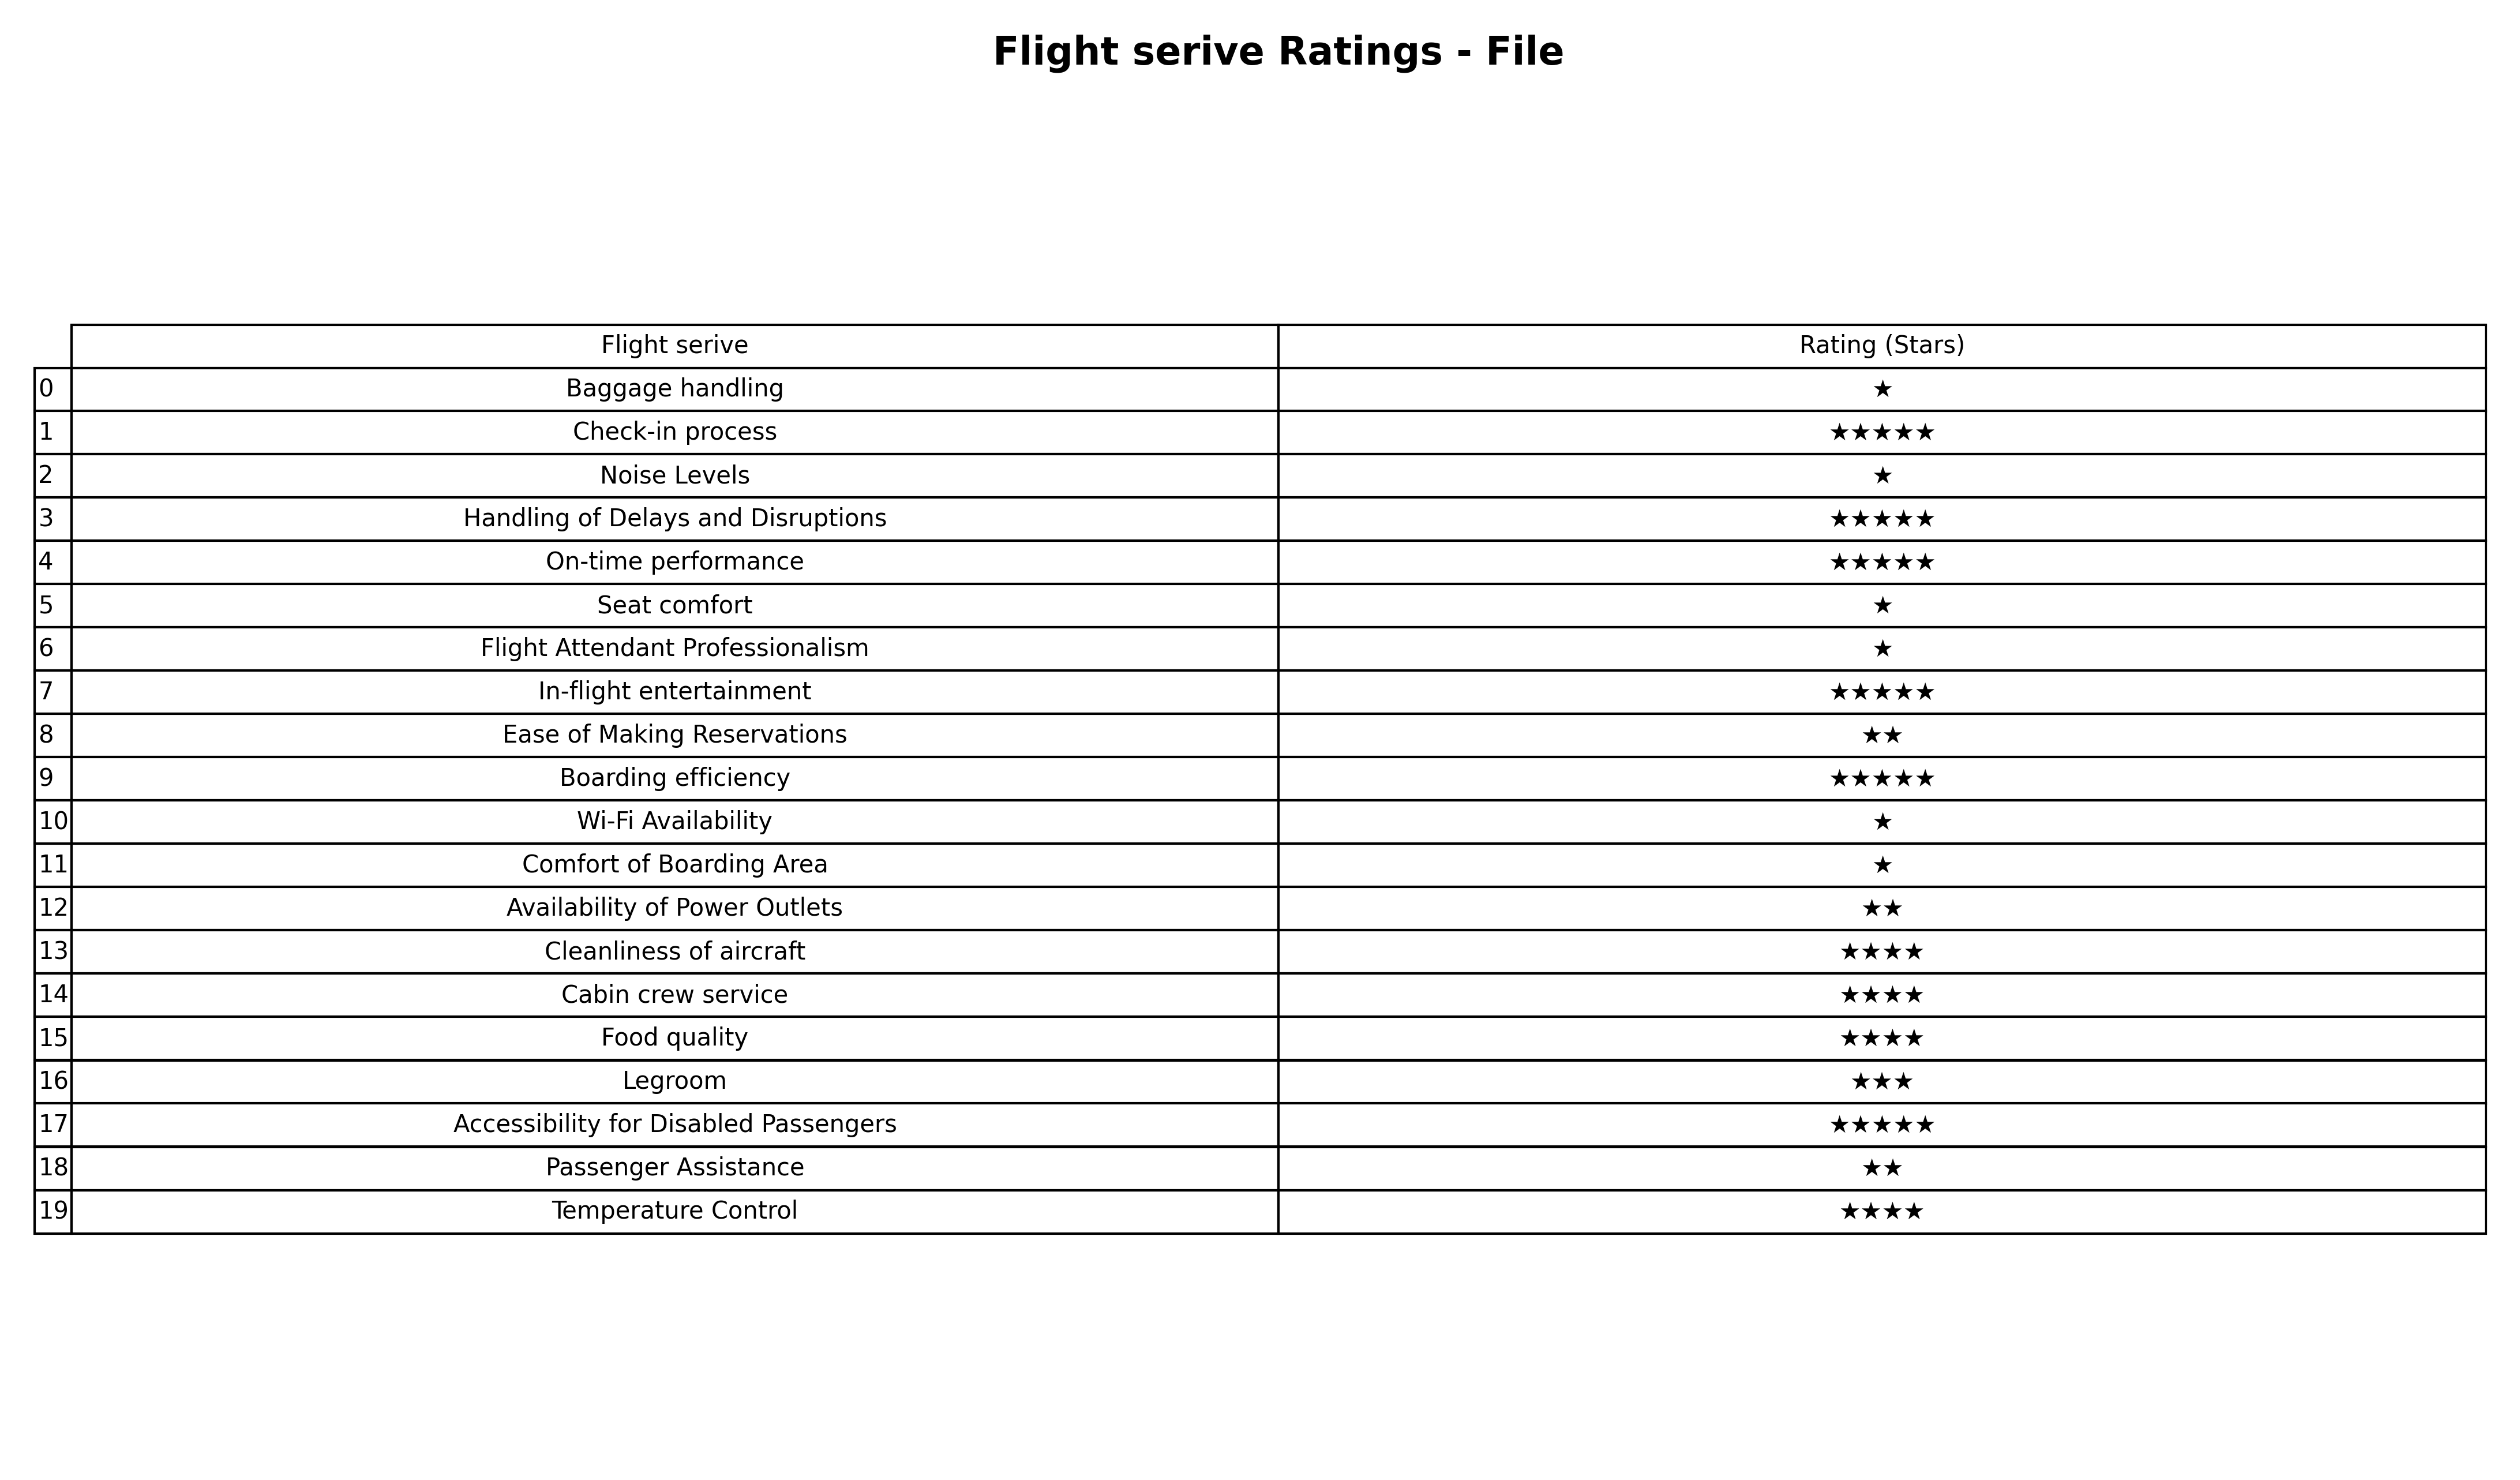
question: What are highest rating services?
answer: Check-in processHandling of Delays and DisruptionsOn-time performanceIn-flight entertainmentBoarding efficiencyAccessibility for Disabled Passengers